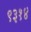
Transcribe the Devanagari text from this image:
९३१४